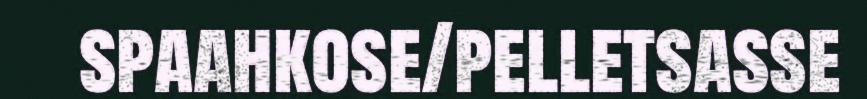
spaahkose/pelletsasse